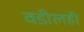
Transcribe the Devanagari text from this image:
वडीलही